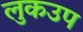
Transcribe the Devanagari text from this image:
लुकउप